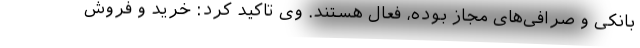
بانکی و صرافی‌های مجاز بوده، فعال هستند. وی تاکید کرد: خرید و فروش